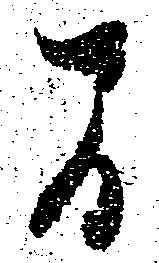
間